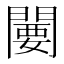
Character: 闄